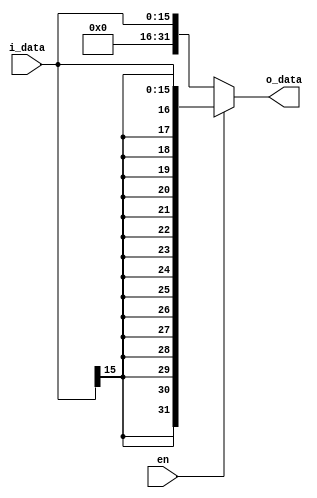
module signExtend(i_data,en,o_data);
parameter WISIGNEXTEND = 16;
parameter WOSIGNEXTEND = 32;

input   [WISIGNEXTEND-1 : 0]  i_data;
input en;
output reg [WOSIGNEXTEND-1 : 0]  o_data;

assign o_data = en ? { {WISIGNEXTEND{i_data[WISIGNEXTEND-1]}} , i_data } : {16'b0,i_data};
endmodule